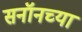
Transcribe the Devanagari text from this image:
सनॉनच्या